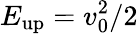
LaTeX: E_{\textrm{up}}=v_{0}^{2}/2